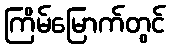
ကြိမ်မြောက်တွင်